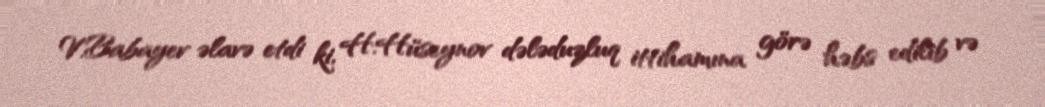
V.Babayev əlavə etdi ki, H.Hüseynov dələduzluq ittihamına görə həbs edilib və